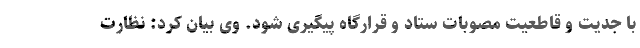
با جدیت و قاطعیت مصوبات ستاد و قرارگاه پیگیری شود. وی بیان کرد: نظارت